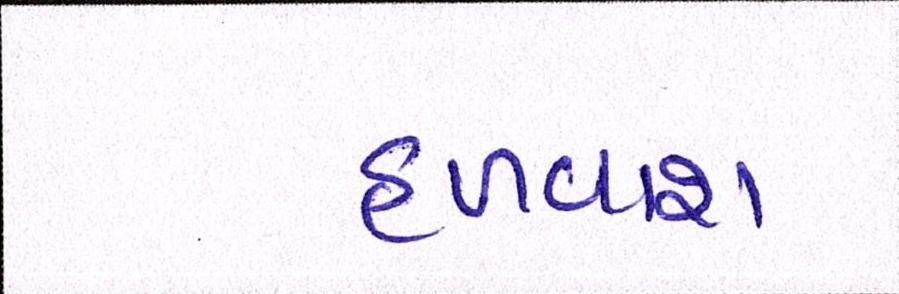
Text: હળવાશ